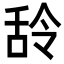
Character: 𮍶